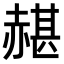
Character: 𧹱